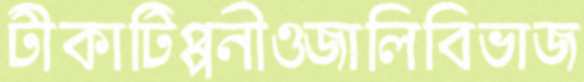
টীকাটিপ্পনীওজালিবিভাজ